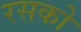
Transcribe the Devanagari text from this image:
रसको